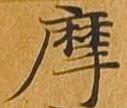
摩